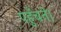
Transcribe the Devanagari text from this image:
पहुँचते।